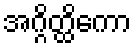
အဂ္ဂိတ္ထိကော